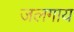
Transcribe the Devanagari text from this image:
जलगाय